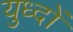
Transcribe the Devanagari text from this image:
युध्दों